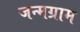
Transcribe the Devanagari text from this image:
जन्मग्राम